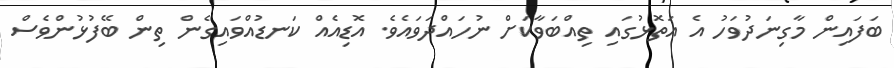
ބަފައިން މާގިނަދުވަހު އެ އަތޮޅުގައި ތިއްބަވާކަށް ނުހައްދަވައެވެ. އޮޑިއެއް ކަނޑުއްވައިގެން ތިން ބޭފުޅުންވެސް